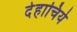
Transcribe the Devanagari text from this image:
देहाचिये